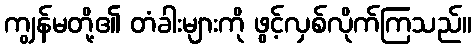
ကျွန်မတို့၏ တံခါးများကို ဖွင့်လှစ်လိုက်ကြသည်။